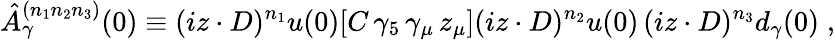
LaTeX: \hat{A}_{\gamma}^{(n_{1}n_{2}n_{3})}(0)\equiv(iz\cdot D)^{n_{1}}u(0)[C\, \gamma_{5}\, \gamma_{\mu}\, z_{\mu}](iz\cdot D)^{n_{2}}u(0)\, (iz\cdot D)^{n_{3}}d_{\gamma}(0)\; ,